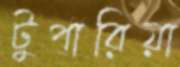
টুপারিয়া